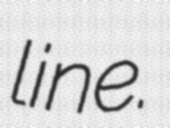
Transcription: line.